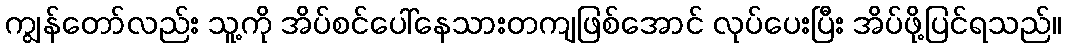
ကျွန်တော်လည်း သူ့ကို အိပ်စင်ပေါ်နေသားတကျဖြစ်အောင် လုပ်ပေးပြီး အိပ်ဖို့ပြင်ရသည်။